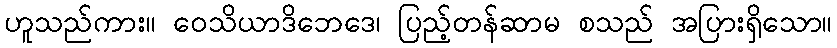
ဟူသည်ကား။ ဝေသိယာဒိဘေဒေ၊ ပြည့်တန်ဆာမ စသည် အပြားရှိသော။